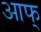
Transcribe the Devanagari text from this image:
आफ्